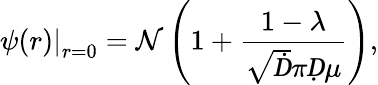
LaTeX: \left.\psi(r)\right|_{r=0}=\mathcal{N}\left(1+\frac{1-\lambda}{\sqrt Ḋ\pi Ḍ\mu}\right),